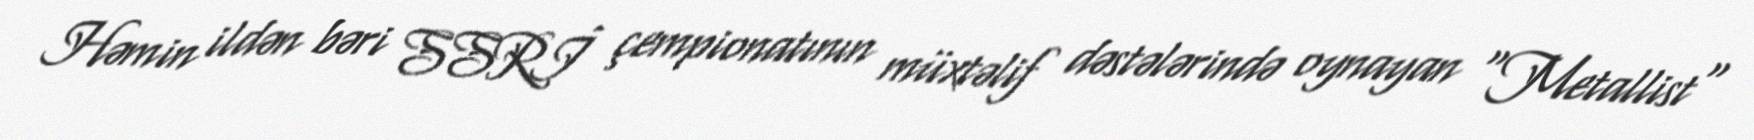
Həmin ildən bəri SSRİ çempionatının müxtəlif dəstələrində oynayan "Metallist"